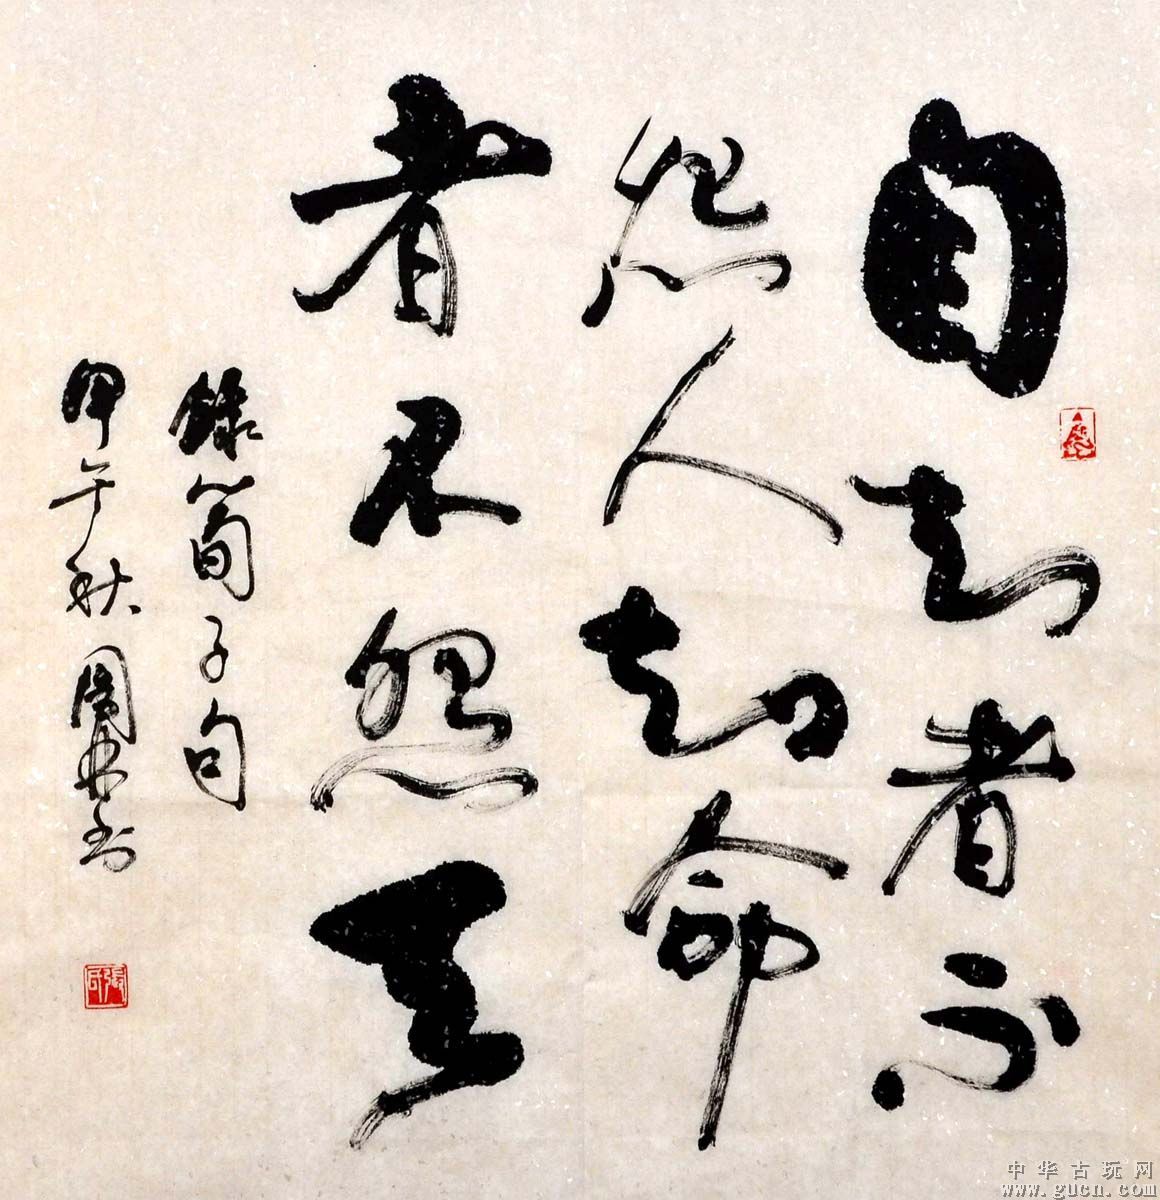
自知者不怨人，知命者不怨天。